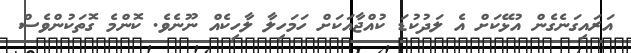
އަރައިގަނެގެން އުޅޭކަށް އެ ލަދުކުޑަ ކުއްޖާއަކަށް ހަމަހިލާ ލާހިކެއް ނޫނެވެ. ކޮންމެ ގޮތަކުންވެސް